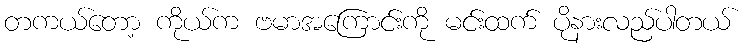
တကယ်တော့ ကိုယ်က ဗမာအကြောင်းကို မင်းထက် ပိုနားလည်ပါတယ်